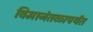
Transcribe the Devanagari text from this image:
विमानंतळापर्यंत